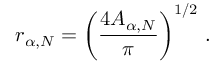
r _ { \alpha , N } = \left( \frac { 4 A _ { \alpha , N } } { \pi } \right) ^ { 1 / 2 } \, .